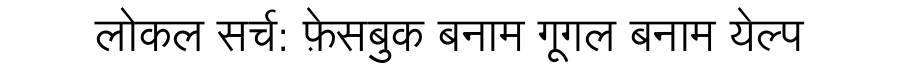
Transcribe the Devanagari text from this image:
लोकल सर्च: फ़ेसबुक बनाम गूगल बनाम येल्प